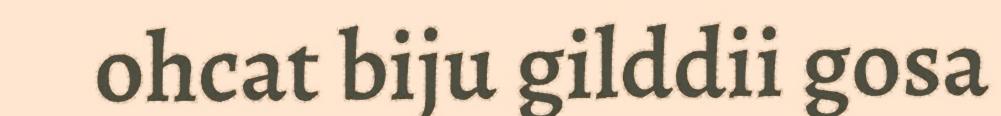
ohcat biju gilddii gosa